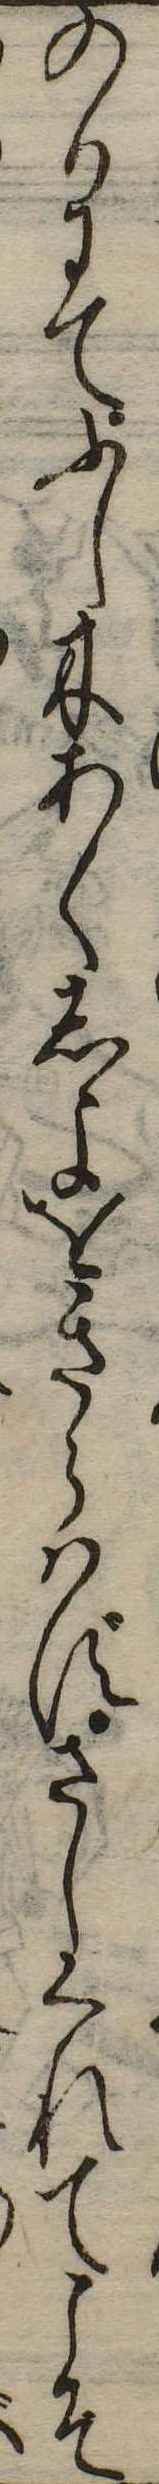
のりにてふし木あくしよをきらはずさしくれてこそ